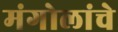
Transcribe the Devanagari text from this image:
मंगोलांचे